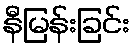
နီမြန်းခြင်း